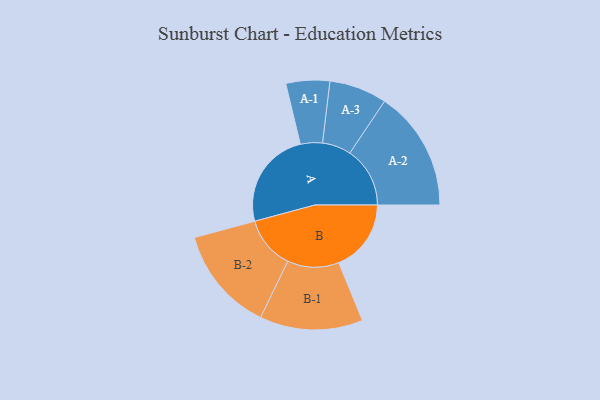
{"axis": {"x": "Segment", "y": "Value"}, "legend": ["", "A", "B"], "data": [{"x": "A", "y": 479, "type": ""}, {"x": "B", "y": 354, "type": ""}, {"x": "A-1", "y": 107, "type": "A"}, {"x": "A-2", "y": 294, "type": "A"}, {"x": "A-3", "y": 141, "type": "A"}, {"x": "B-1", "y": 252, "type": "B"}, {"x": "B-2", "y": 257, "type": "B"}]}